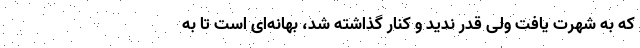
که به شهرت یافت ولی قدر ندید و کنار گذاشته شد، بهانه‌ای است تا به